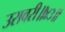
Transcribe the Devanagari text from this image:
उरावरी॥४३॥